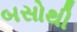
બસોથી